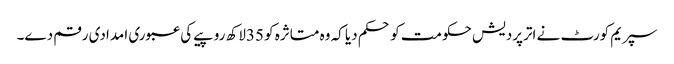
سپریم کورٹ نے اترپردیش حکومت کو حکم دیا کہ وہ متاثرہ کو 35لاکھ روپیے کی عبوری امدادی رقم دے۔